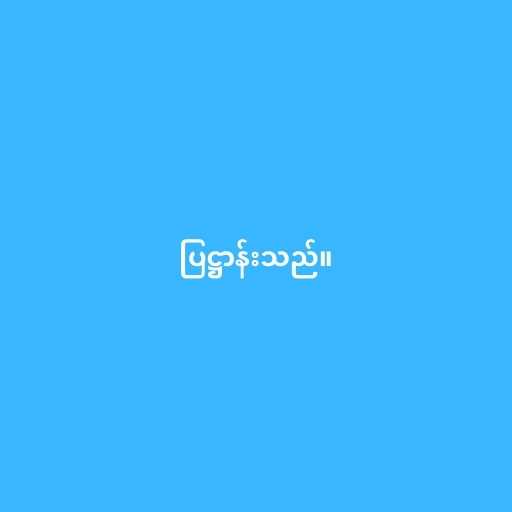
ပြဋ္ဌာန်းသည်။